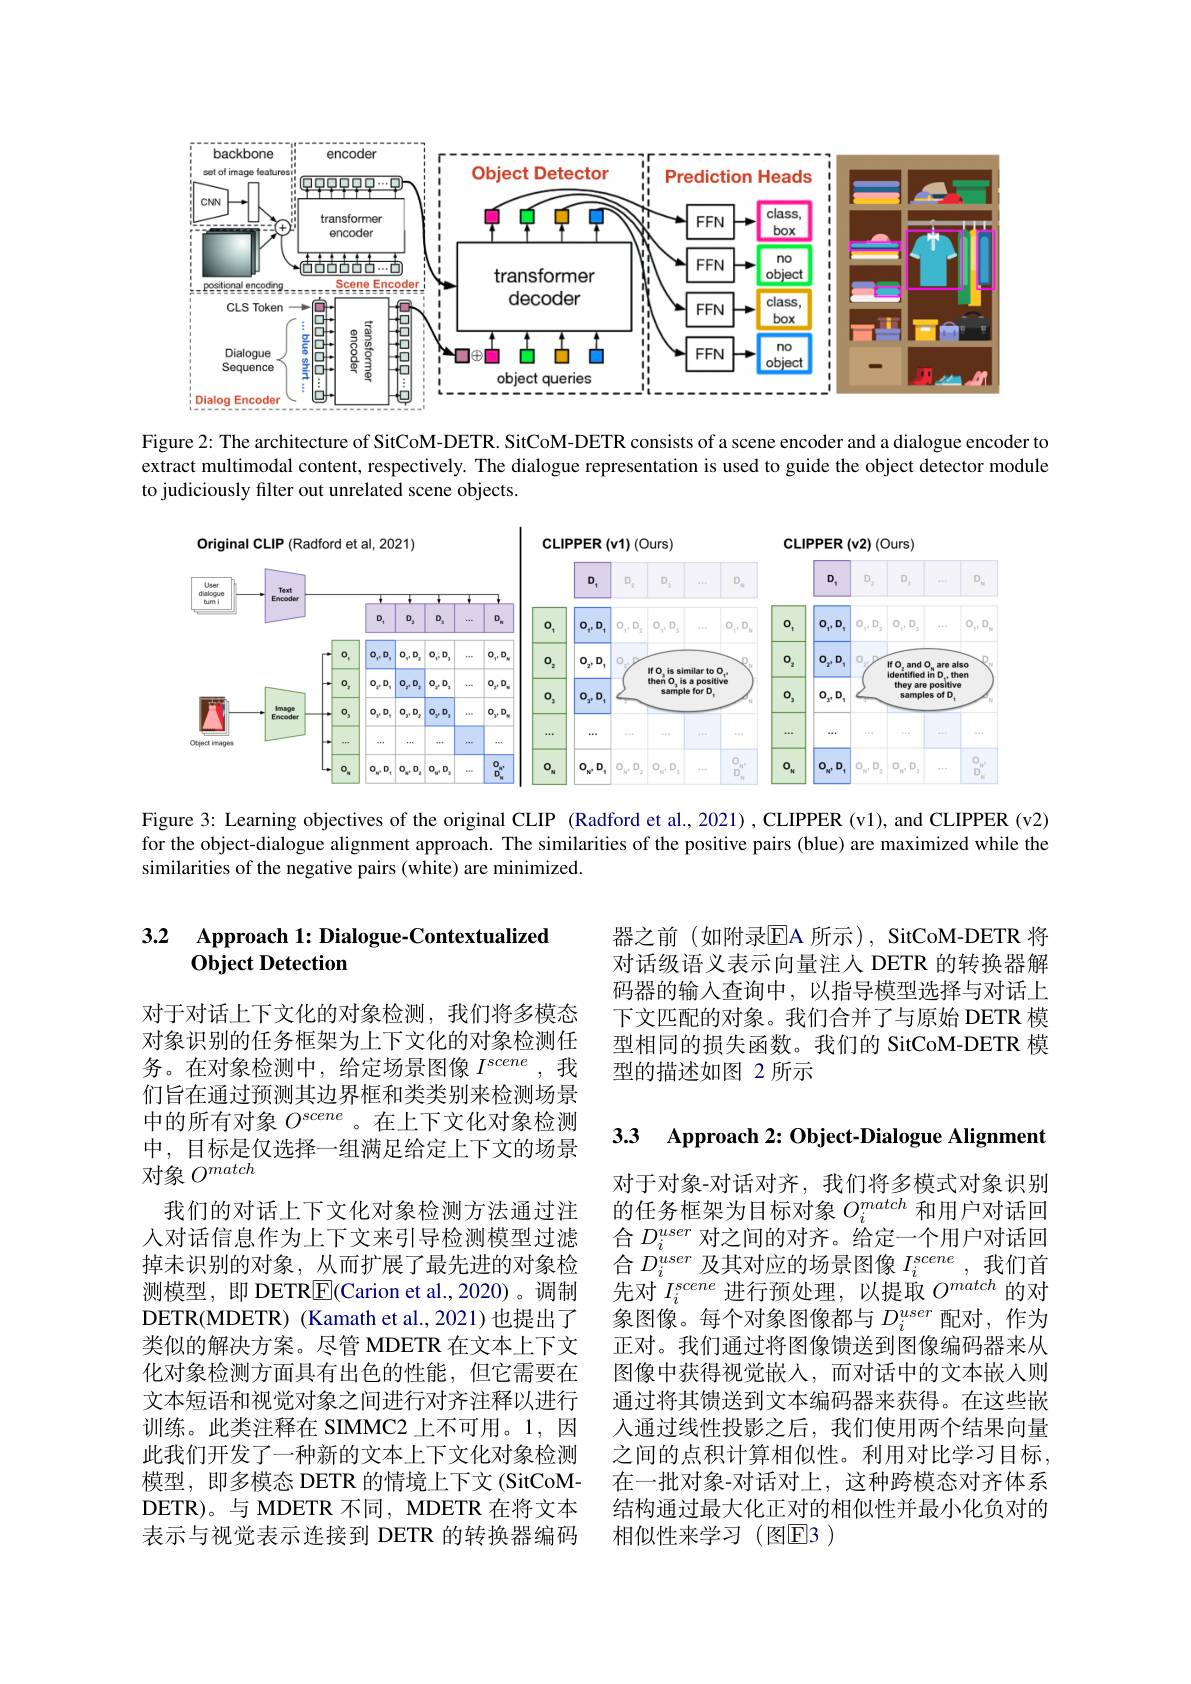
<FigureHere>

Figure 2: The architecture of SitCoM-DETR. SitCoM-DETR consists of a scene encoder and a dialogue encoder to extract multimodal content, respectively. The dialogue representation is used to guide the object detector module to judiciously filter out unrelated scene objects.

<FigureHere>

Figure 3: Learning objectives of the original CLIP (Radford et al., 2021), CLIPPER (v1), and CLIPPER (v2) for the object-dialogue alignment approach. The similarities of the positive pairs (blue) are maximized while the similarities of the negative pairs (white) are minimized.

## 3.2 Approach 1: Dialogue-Contextualized Object Detection

器之前(如附录$\overline{\mathrm{E}}$A 所示), SitCoM-DETR 将对话级语义表示向量注入 DETR 的转换器解码器的输入查询中，以指导模型选择与对话上下文匹配的对象。我们合并了与原始 DETR 模型相同的损失函数。我们的 SitCoM-DETR 模型的描述如图 2 所示

3.3 Approach 2: Object-Dialogue Alignment

对于对话上下文化的对象检测，我们将多模态对象识别的任务框架为上下文化的对象检测任务。在对象检测中，给定场景图像$I^{scene}$,我们旨在通过预测其边界框和类类别来检测场景中的所有对象$O^{scene}$。在上下文化对象检测中，目标是仅选择一组满足给定上下文的场景对象$O^{match}$
我们的对话上下文化对象检测方法通过注人对话信息作为上下文来引导检测模型过滤掉未识别的对象，从而扩展了最先进的对象检测模型，即 DETR$\boxed{\mathrm{F}}($Carion et al.,2020)。调制DETR(MDETR) (Kamath et al.,2021)也提出了类似的解决方案。尽管 MDETR 在文本上下文化对象检测方面具有出色的性能，但它需要在文本短语和视觉对象之间进行对齐注释以进行训练。此类注释在 SIMMC2 上不可用。1,因此我们开发了一种新的文本上下文化对象检测模型，即多模态 DETR 的情境上下文 (SitCoMDETR)。与 MDETR 不同，MDETR 在将文本表示与视觉表示连接到 DETR 的转换器编码

对于对象-对话对齐，我们将多模式对象识别的任务框架为目标对象$O_i^{match}$和用户对话回合$D_i^{user}$对之间的对齐。给定一个用户对话回$\begin{array}{l}\text{合 }D_{i}^{user}\text{ 及其对应的场景图像 }I_{i}^{scene},\text{我们首}\\\text{先对 }I_{i}^{scene}\text{ 进行预处理，以提取 }O^{match}\text{ 的对}\end{array}$ 象图像。每个对象图像都与$D_i^{user}$配对，作为正对。我们通过将图像馈送到图像编码器来从图像中获得视觉嵌入，而对话中的文本嵌入则通过将其馈送到文本编码器来获得。在这些嵌人通过线性投影之后，我们使用两个结果向量之间的点积计算相似性。利用对比学习目标， 在一批对象-对话对上，这种跨模态对齐体系结构通过最大化正对的相似性并最小化负对的相似性来学习(图E3 )